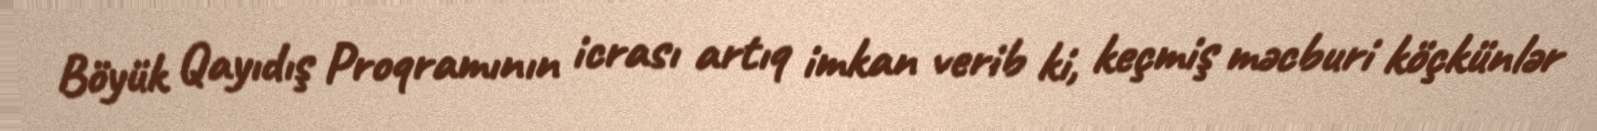
Böyük Qayıdış Proqramının icrası artıq imkan verib ki, keçmiş məcburi köçkünlər